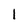
Character: I